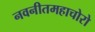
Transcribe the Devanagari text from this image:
नवनीतमहाचोरो